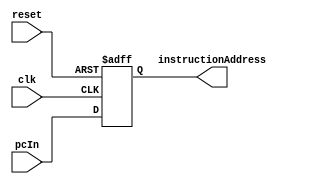
`timescale 1ns / 1ps
//////////////////////////////////////////////////////////////////////////////////
// Company: 
// Engineer: 
// 
// Design Name: 
// Module Name: programCounter
// Project Name: 
// Target Devices: 
// Tool Versions: 
// Description: 
// 
// Dependencies: 
// 
// Revision:
// Revision 0.01 - File Created
// Additional Comments:
// 
//////////////////////////////////////////////////////////////////////////////////


module programCounter(
    input clk,
    input reset,
    input [31:0] pcIn,
    output reg [31:0] instructionAddress
    );
    

always @(posedge clk or posedge reset)
begin
    if(reset)
        instructionAddress <= 0;
    else
        instructionAddress <= pcIn;
end    
    
endmodule